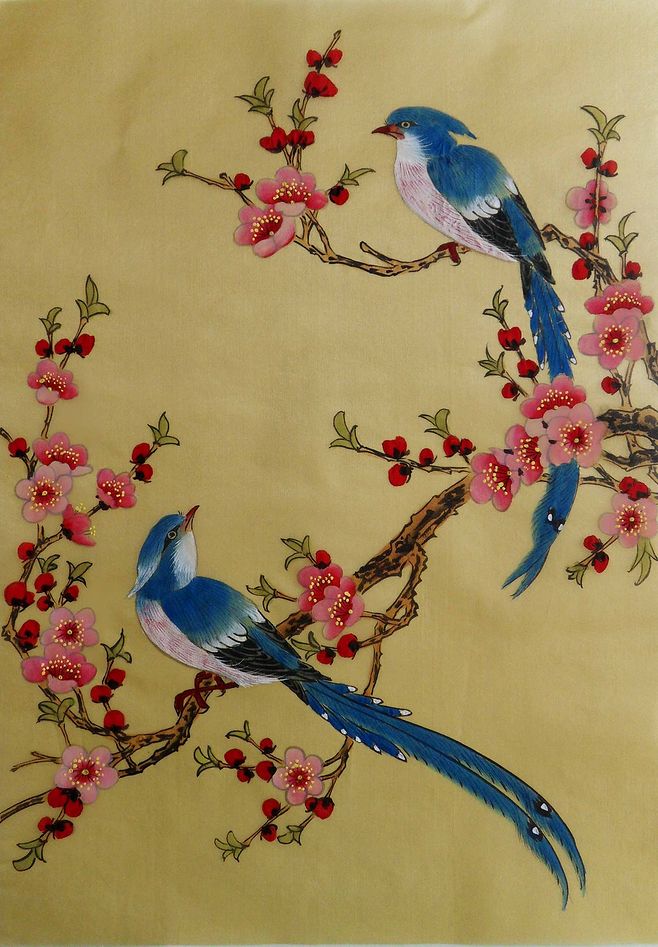
瘦雪一痕墙角，青子已妆残萼。